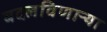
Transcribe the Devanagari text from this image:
बदलविणाऱ्या